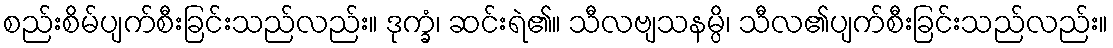
စည်းစိမ်ပျက်စီးခြင်းသည်လည်း။ ဒုက္ခံ၊ ဆင်းရဲ၏။ သီလဗျသနမ္ပိ၊ သီလ၏ပျက်စီးခြင်းသည်လည်း။